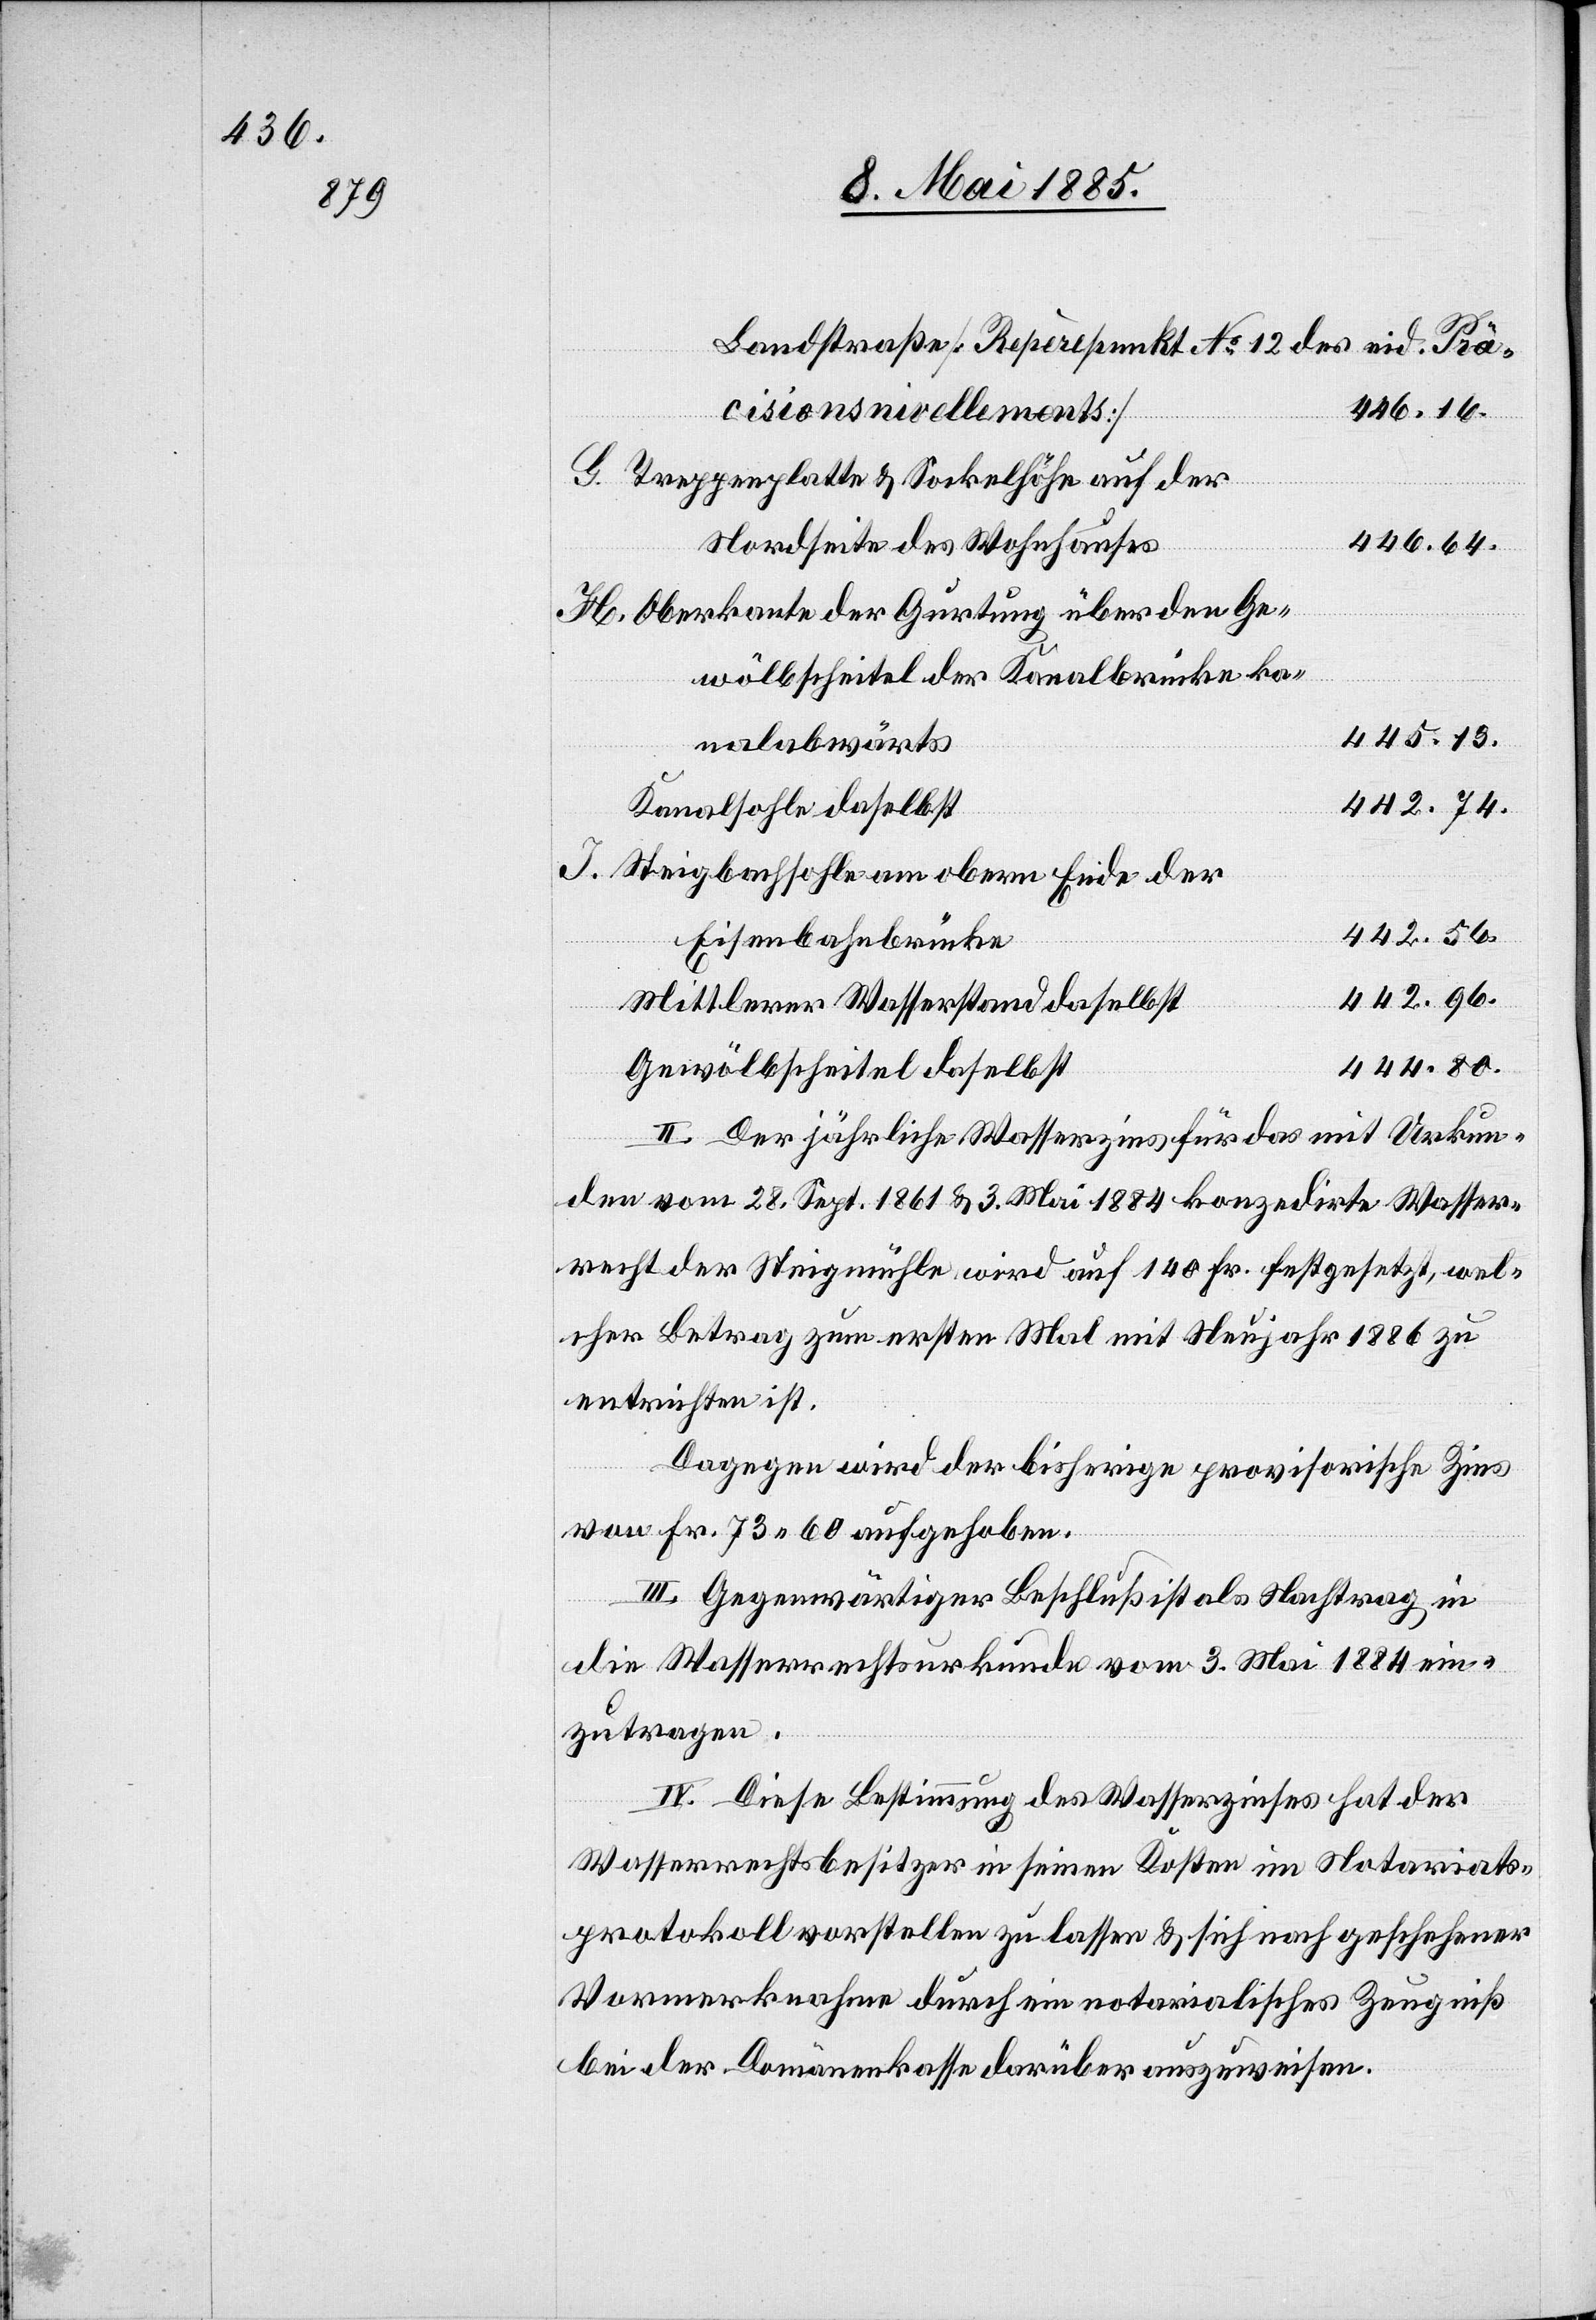
Landstraße [Repèrepunkt No 12 des eid. Prä¬
446.16.
cisionsnivellements]
Treppenplatte & Sockelhöhe auf der
446.64.
Nordseite des Wohnhauses
Oberkante der Gurtung über den Ge¬
wölbscheitel der Kanalbrücke ka¬
445.13.
nalabwärts
442.74.
Kanalsohle daselbst
Steigbachsohle am obern Ende der
Eisenbahnbrücke
442.96.
Mittlerer Wasserstand daselbst
444.80.
Gewölbscheitel daselbst
II. Der jährliche Wasserzins für das mit Urkun¬
de vom 28. Sept. 1861 & 3. Mai 1884 konzedirte Wasser¬
recht der Steigmühle wird auf 140 Fr. festgesetzt, wel¬
cher Betrag zum ersten Mal mit Neujahr 1886 zu
entrichten ist.
Dagegen wird der bisherige provisorische Zins
von Fr. 73 60 aufgehoben.
III. Gegenwärtiger Beschluß ist als Nachtrag in
die Wasserrechtsurkunde vom 3. Mai 1884 ein¬
zutragen.
IV. Diese Bestimmung des Wasserzinses hat der
Wasserrechtsbesitzer in seinen Kosten im Notariats¬
protokoll vorstellen zu lassen & sich nach geschehener
Vormerknahme durch ein notarialisches Zeugniß
bei der Domänenkasse darüber auszuweisen.